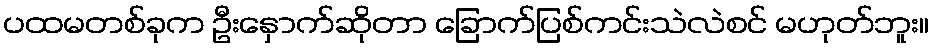
ပထမတစ်ခုက ဦးနှောက်ဆိုတာ ခြောက်ပြစ်ကင်းသဲလဲစင် မဟုတ်ဘူး။